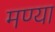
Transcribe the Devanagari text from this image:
मण्या